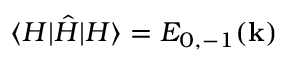
\langle H | \hat { H } | H \rangle = E _ { 0 , - 1 } ( \mathbf { k } )